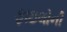
ફાઇલોની